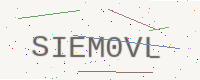
Text: SIEM0VL